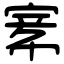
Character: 𡩅